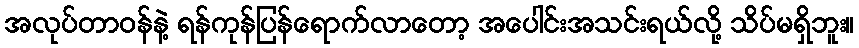
အလုပ်တာဝန်နဲ့ ရန်ကုန်ပြန်ရောက်လာတော့ အပေါင်းအသင်းရယ်လို့ သိပ်မရှိဘူး။